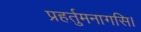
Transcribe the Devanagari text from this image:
प्रहर्तुमनागसि।